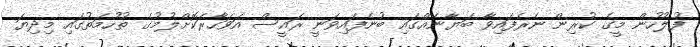
ފުލުހުން މީގެ ކުރިން ނެރެފައިވާ ބަޔާނެއްގައި ބުނެފައިވަނީ ރައީސް އަވަހާރަކޮށްލުމުގެ ތުހުމަތުގައި މިދިޔަ